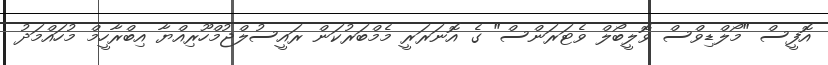
އޮފީސް "މޯލްޑިވްސް ވޮލީބޯލް ވެޓަރަންސް" ގެ އޮނަރަރީ މެމްބަރުކަން ރައީސުލްޖުމްހޫރިއްޔާ އިބްރާހީމް މުހައްމަދު